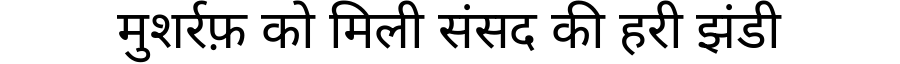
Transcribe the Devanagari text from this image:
मुशर्रफ़ को मिली संसद की हरी झंडी